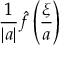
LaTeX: { \frac { 1 } { | a | } } { \hat { f } } \left( { \frac { \xi } { a } } \right)